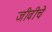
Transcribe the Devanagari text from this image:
जीवीचे